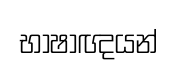
භාෂාඥයන්